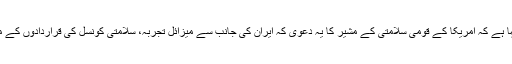
الوقت - ایران کی وزارت خارجہ کے ترجمان نے کہا ہے کہ امریکا کے قومی سلامتی کے مشیر کا یہ دعوی کہ ایران کی جانب سے میزائل تجربہ، سلامتی کونسل کی قراردادوں کے متضاد ہے، بے بنیاد، تکراری اور اشتعال انگیز ہے۔